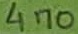
Text: 470